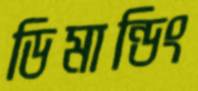
ডিমান্ডিং